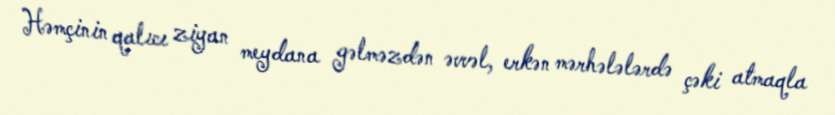
Həmçinin qalıcı ziyan meydana gəlməzdən əvvəl, erkən mərhələlərdə çəki atmaqla